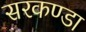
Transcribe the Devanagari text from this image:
सरकण्डा